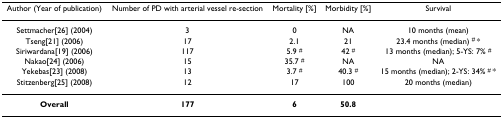
| Author (Year of publication) | Number of PD with arterial vessel re-section | Mortality [%] | Morbidity [%] | Survival |
 | --- | --- | --- | --- | --- |
 | Settmacher[26] (2004) | 3 | 0 | NA | 10 months (mean) |
 | Tseng[21] (2006) | 17 | 2.1 | 21 | 23.4 months (median) # * |
 | Siriwardana[19] (2006) | 117 | 5.9 # | 42 # | 13 months (median); 5-YS: 7% # |
 | Nakao[24] (2006) | 15 | 35.7 # | NA | NA |
 | Yekebas[23] (2008) | 13 | 3.7 # | 40.3 # | 15 months (median); 2-YS: 34% # * |
 | Stitzenberg[25] (2008) | 12 | 17 | 100 | 20 months (median) |
 | Overall | 177 | 6 | 50.8 |  |